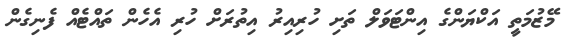
މޭޒުމަތީ އަކްޔަންގެ އިންޓަވަލް ތަށި ހުރިއިރު އިތުރަށް ހުރި އެހެން ތައްޓެއް ފެނިގެން